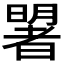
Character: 𣋐